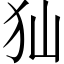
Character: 𤜬